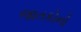
જાતકોનો